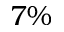
7 \%